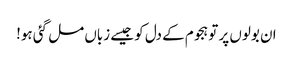
ان بولوں پر تو ہجوم کے دل کو جیسے زباں مل گئی ہو!